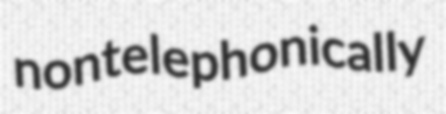
nontelephonically